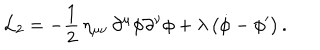
LaTeX: { \cal L } _ { 2 } = - { \frac { 1 } { 2 } } \, \eta _ { \mu \nu } \, \partial ^ { \mu } \phi \partial ^ { \nu } \phi + \lambda \, \bigl ( \dot { \phi } - \phi ^ { \prime } \bigr ) \, .